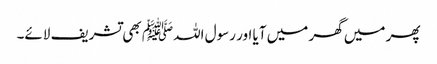
پھر میں گھر میں آیا اور رسول اللہﷺ بھی تشریف لائے۔